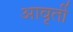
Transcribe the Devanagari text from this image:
आवृर्ती